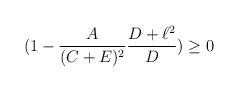
\begin{align*} (1-\frac{A}{(C+E)^{2}}\frac{D+\ell^{2}}{D})\geq 0\end{align*}